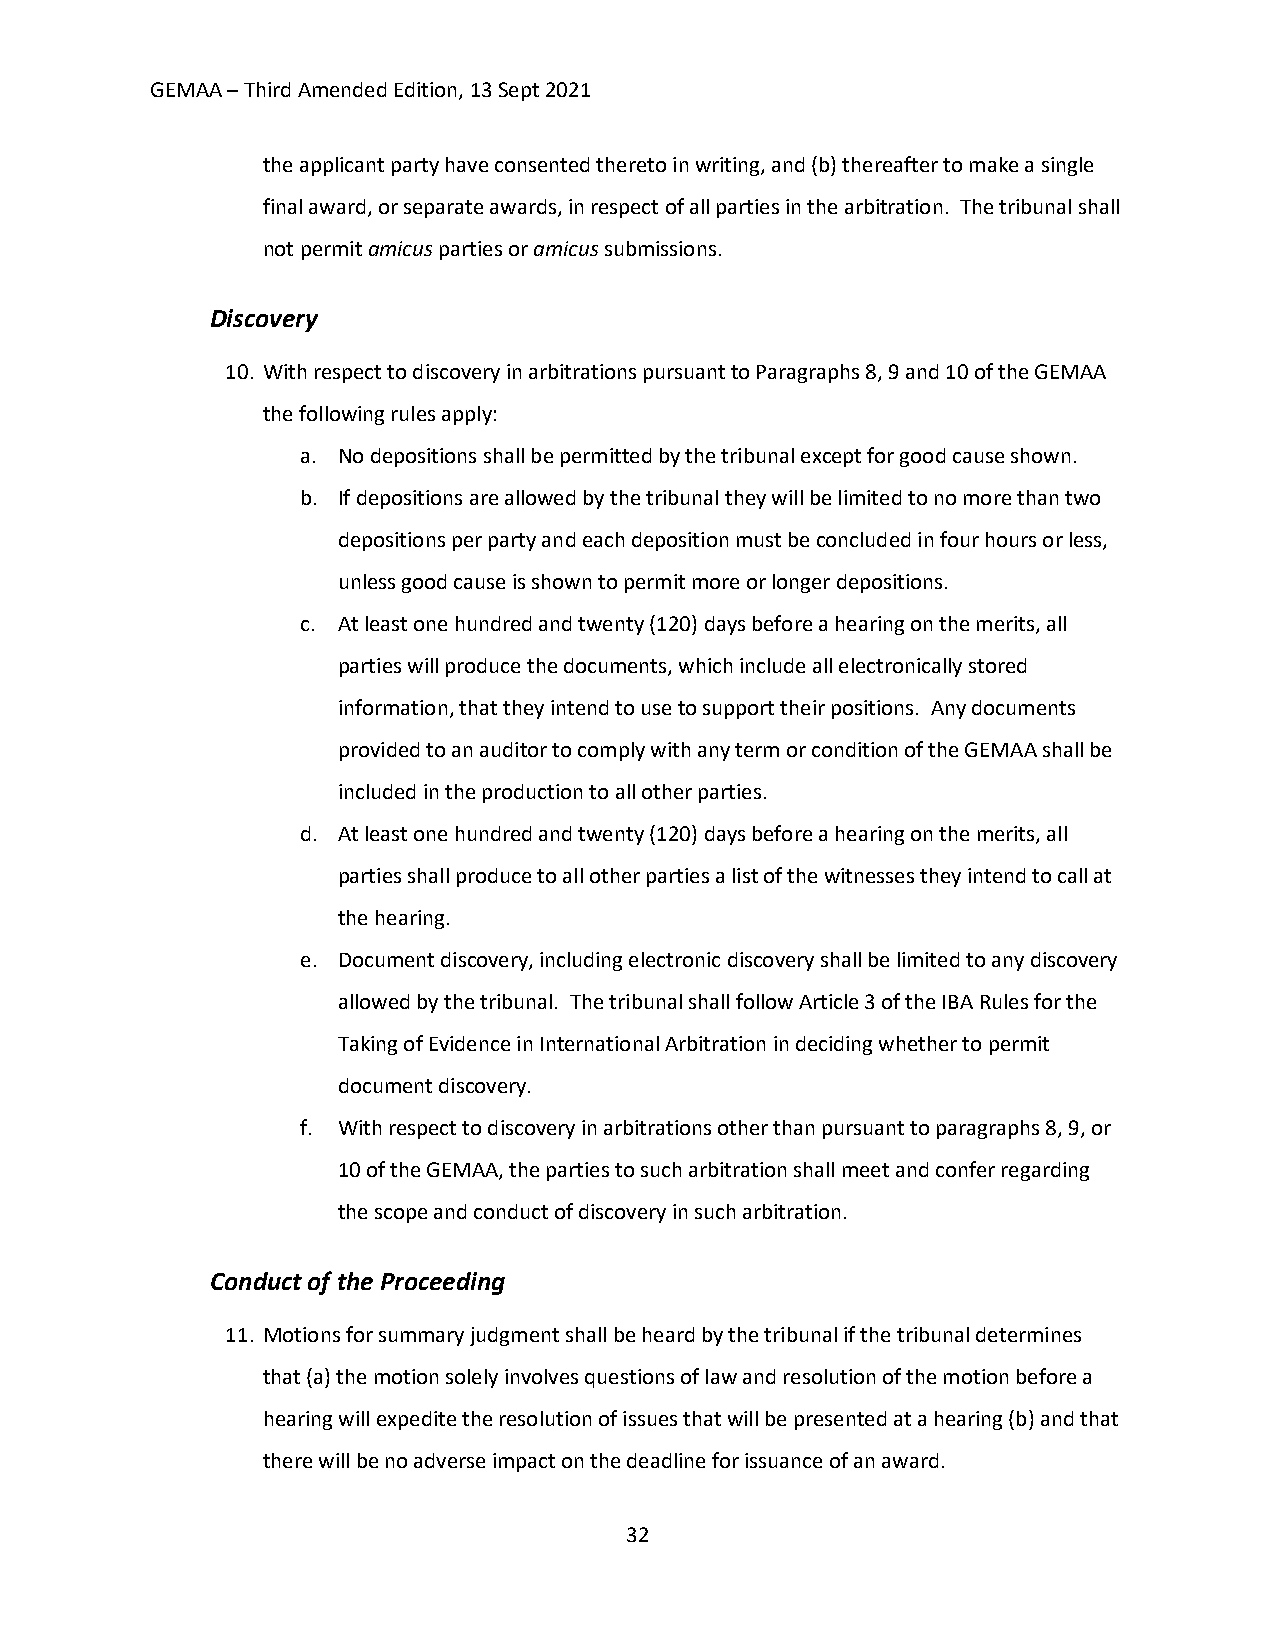
GEMAA – Third Amended Edition, 13 Sept 2021
 the applicant party have consented thereto in writing, and (b) thereafter to make a single
 final award, or separate awards, in respect of all parties in the arbitration. The tribunal shall
 not permit amicus parties or amicus submissions.
 Discovery
 10. With respect to discovery in arbitrations pursuant to Paragraphs 8, 9 and 10 of the GEMAA
 the following rules apply:
 a. No depositions shall be permitted by the tribunal except for good cause shown.
 b. If depositions are allowed by the tribunal they will be limited to no more than two
 depositions per party and each deposition must be concluded in four hours or less,
 unless good cause is shown to permit more or longer depositions.
 c. At least one hundred and twenty (120) days before a hearing on the merits, all
 parties will produce the documents, which include all electronically stored
 information, that they intend to use to support their positions. Any documents
 provided to an auditor to comply with any term or condition of the GEMAA shall be
 included in the production to all other parties.
 d. At least one hundred and twenty (120) days before a hearing on the merits, all
 parties shall produce to all other parties a list of the witnesses they intend to call at
 the hearing.
 e. Document discovery, including electronic discovery shall be limited to any discovery
 allowed by the tribunal. The tribunal shall follow Article 3 of the IBA Rules for the
 Taking of Evidence in International Arbitration in deciding whether to permit
 document discovery.
 f. With respect to discovery in arbitrations other than pursuant to paragraphs 8, 9, or
 10 of the GEMAA, the parties to such arbitration shall meet and confer regarding
 the scope and conduct of discovery in such arbitration.
 Conduct of the Proceeding
 11. Motions for summary judgment shall be heard by the tribunal if the tribunal determines
 that (a) the motion solely involves questions of law and resolution of the motion before a
 hearing will expedite the resolution of issues that will be presented at a hearing (b) and that
 there will be no adverse impact on the deadline for issuance of an award.
 32